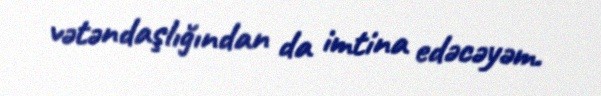
vətəndaşlığından da imtina edəcəyəm.